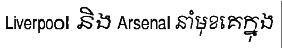
Liverpool និង Arsenal នាំមុខគេក្នុង